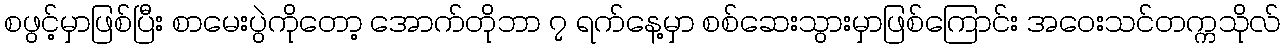
စဖွင့်မှာဖြစ်ပြီး စာမေးပွဲကိုတော့ အောက်တိုဘာ ၇ ရက်နေ့မှာ စစ်ဆေးသွားမှာဖြစ်ကြောင်း အဝေးသင်တက္ကသိုလ်